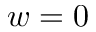
w = 0